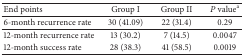
<table><thead><tr><td><b>End points</b></td><td><b>Group I</b></td><td><b>Group II</b></td><td><b><i>P</i> value<sup>a</sup></b></td></tr></thead><tbody><tr><td>6-month recurrence rate</td><td>30 (41.09)</td><td>22 (31.4)</td><td>0.29</td></tr><tr><td>12-month recurrence rate</td><td>13 (30.2)</td><td>7 (14.5)</td><td>0.0047</td></tr><tr><td>12-month success rate</td><td>28 (38.3)</td><td>41 (58.5)</td><td>0.0019</td></tr></tbody></table>